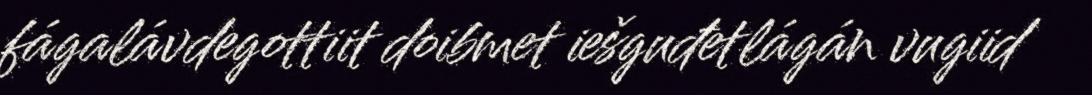
fágalávdegottiit doibmet iešguđetlágán vugiid